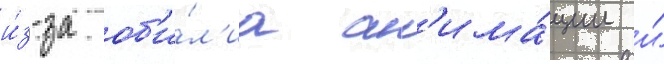
и́з-за об'и́л'иа ан'има́ции и́